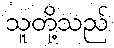
သူတို့သည်